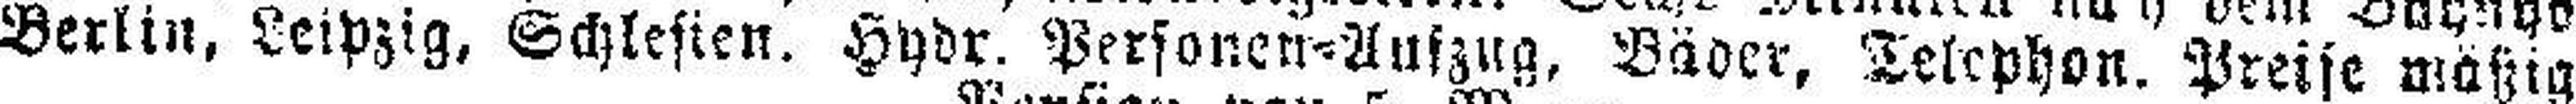
Berlin, Leipzig, Schlesien. Hydr. Perfonen=Aufzug. Bäder, Telephon. Preise mäßig.